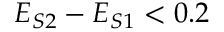
E _ { S 2 } - E _ { S 1 } < 0 . 2